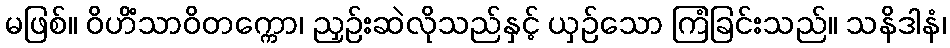
မဖြစ်။ ဝိဟိံသာဝိတက္ကော၊ ညှဉ်းဆဲလိုသည်နှင့် ယှဉ်သော ကြံခြင်းသည်။ သနိဒါနံ၊